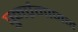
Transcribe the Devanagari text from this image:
पुनर्प्रमाणन